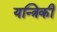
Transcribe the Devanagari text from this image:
यन्त्रिकी